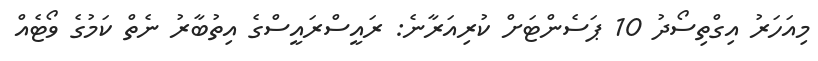
މިއަހަރު އިގްތިސޯދު 10 ޕަސެންޓަށް ކުރިއަރާނެ: ރައީސްރައީސްގެ އިތުބާރު ނެތް ކަމުގެ ވޯޓެއް